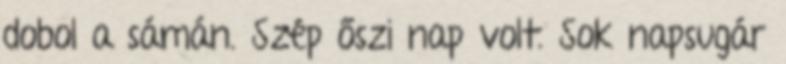
dobol a sámán. Szép őszi nap volt. Sok napsugár